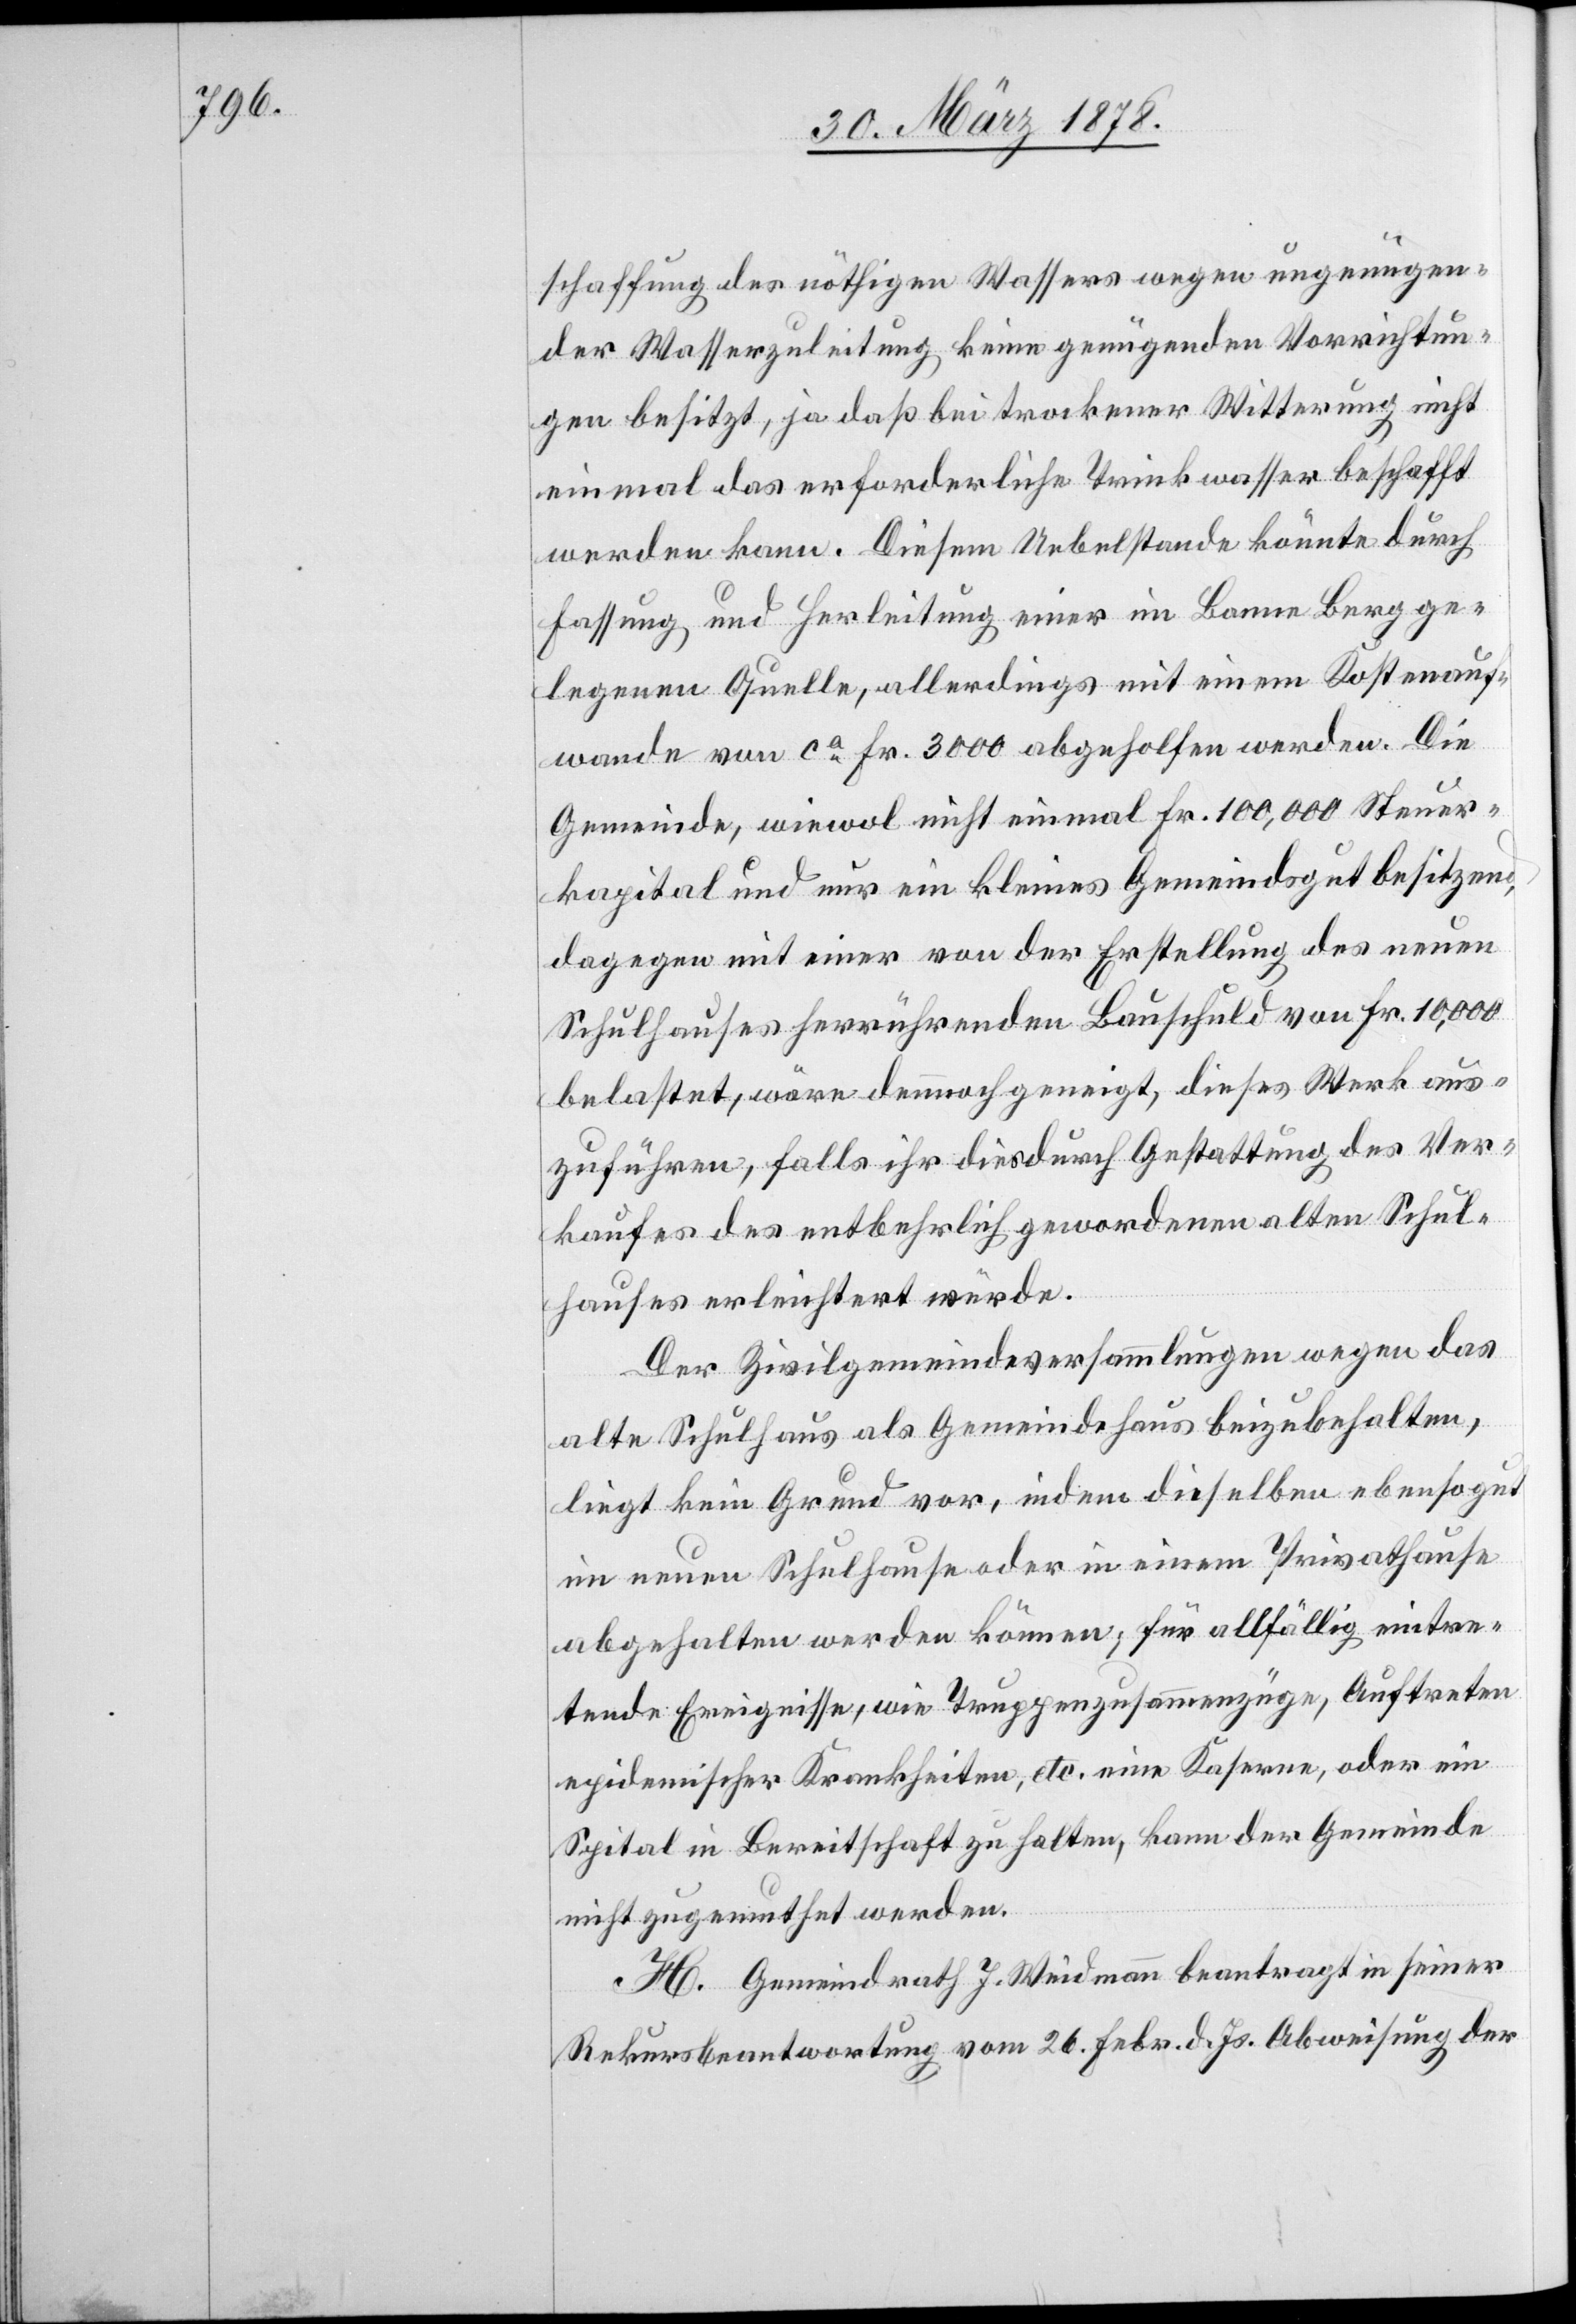
schaffung der nöthigen Wassers wegen ungenügen¬
der Wasserzuleitung keine genügenden Vorrichtun¬
gen besitzt, ja daß bei trockener Witterung nicht
einmal das erforderliche Trinkwasser beschafft
werden kann. Diesem Uebelstande könnte durch
Fassung und Herleitung einer im Banne Berg ge¬
legenen Quelle, allerdings mit einem Kostenauf¬
wande von ca Fr. 3000 abgeholfen werden. Die
Gemeinde, wiewol nicht einmal Fr. 100,000 Steuer¬
kapital und nur ein kleines Gemeindsgut besitzend,
dagegen mit einer von der Erstellung des neuen
Schulhauses herrührenden Bauschuld von Fr. 10,000
belastet, wäre demnach geneigt, dieses Werk aus¬
zuführen, falls ihr dies durch Gestattung des Ver¬
kaufes des entbehrlich gewordenen alten Schul¬
hauses erleichtert würde.
Der Zivilgmeindeversammlungen wegen das
liegt kein Grund vor, indem dieselben ebenso gut
im neuen Schulhause oder in einem Privathause
abgehalten werden können; für allfällig eintre¬
tende Ereignisse, wie Truppenzusammenzüge, Auftraten
epidemischer Krankheiten, etc. eine Kaserne, oder ein
Spital in Bereitschaft zu halten, kann der Gemeinde
nicht zugemuthet werden.
Der Gemeindrath J. Weidmann beantragt in seiner
Rekursbeantwortung vom 26. Febr. d. Js. Abweisung der